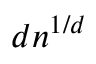
d n ^ { 1 / d }